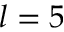
l = 5